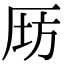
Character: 𠩝